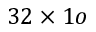
3 2 \times 1 o